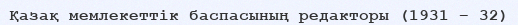
Қазақ мемлекеттік баспасының редакторы (1931 – 32)